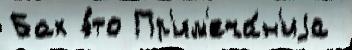
Бах э́то Пр'им'еча́н'иjа